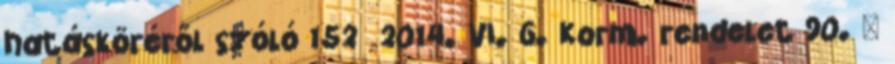
hatásköréről szóló 152 2014. VI. 6. Korm. rendelet 90. §